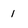
Character: 1